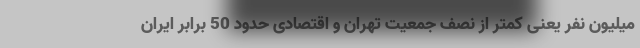
میلیون نفر یعنی کمتر از نصف جمعیت تهران و اقتصادی حدود 50 برابر ایران